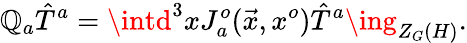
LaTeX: \mathbb{Q}_{a}{\hat{{T}}}^{a}=\intd^{3}xJ_{a}^{o}(\vec{{x}},x^{o}){\hat{{T}}}^{a}\ing_{Z_{G}(H)}.